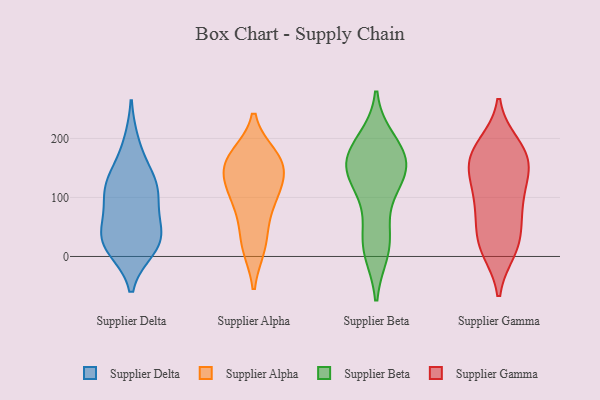
{"axis": {"x": "Inventory Turnover", "y": "Value"}, "legend": ["Supplier Alpha", "Supplier Beta", "Supplier Delta", "Supplier Gamma"], "data": [{"x": "", "y": 130, "type": "Supplier Delta"}, {"x": "", "y": 97, "type": "Supplier Delta"}, {"x": "", "y": 28, "type": "Supplier Delta"}, {"x": "", "y": 20, "type": "Supplier Delta"}, {"x": "", "y": 191, "type": "Supplier Delta"}, {"x": "", "y": 44, "type": "Supplier Delta"}, {"x": "", "y": 112, "type": "Supplier Delta"}, {"x": "", "y": 14, "type": "Supplier Delta"}, {"x": "", "y": 57, "type": "Supplier Delta"}, {"x": "", "y": 138, "type": "Supplier Delta"}, {"x": "", "y": 108, "type": "Supplier Delta"}, {"x": "", "y": 23, "type": "Supplier Delta"}, {"x": "", "y": 156, "type": "Supplier Alpha"}, {"x": "", "y": 19, "type": "Supplier Alpha"}, {"x": "", "y": 18, "type": "Supplier Alpha"}, {"x": "", "y": 162, "type": "Supplier Alpha"}, {"x": "", "y": 159, "type": "Supplier Alpha"}, {"x": "", "y": 67, "type": "Supplier Alpha"}, {"x": "", "y": 150, "type": "Supplier Alpha"}, {"x": "", "y": 169, "type": "Supplier Alpha"}, {"x": "", "y": 113, "type": "Supplier Alpha"}, {"x": "", "y": 107, "type": "Supplier Alpha"}, {"x": "", "y": 103, "type": "Supplier Alpha"}, {"x": "", "y": 149, "type": "Supplier Beta"}, {"x": "", "y": 120, "type": "Supplier Beta"}, {"x": "", "y": 193, "type": "Supplier Beta"}, {"x": "", "y": 121, "type": "Supplier Beta"}, {"x": "", "y": 173, "type": "Supplier Beta"}, {"x": "", "y": 34, "type": "Supplier Beta"}, {"x": "", "y": 20, "type": "Supplier Beta"}, {"x": "", "y": 165, "type": "Supplier Beta"}, {"x": "", "y": 149, "type": "Supplier Beta"}, {"x": "", "y": 12, "type": "Supplier Beta"}, {"x": "", "y": 171, "type": "Supplier Beta"}, {"x": "", "y": 12, "type": "Supplier Gamma"}, {"x": "", "y": 184, "type": "Supplier Gamma"}, {"x": "", "y": 163, "type": "Supplier Gamma"}, {"x": "", "y": 149, "type": "Supplier Gamma"}, {"x": "", "y": 78, "type": "Supplier Gamma"}, {"x": "", "y": 34, "type": "Supplier Gamma"}, {"x": "", "y": 89, "type": "Supplier Gamma"}, {"x": "", "y": 17, "type": "Supplier Gamma"}, {"x": "", "y": 120, "type": "Supplier Gamma"}, {"x": "", "y": 163, "type": "Supplier Gamma"}, {"x": "", "y": 77, "type": "Supplier Gamma"}, {"x": "", "y": 188, "type": "Supplier Gamma"}, {"x": "", "y": 20, "type": "Supplier Gamma"}, {"x": "", "y": 170, "type": "Supplier Gamma"}, {"x": "", "y": 131, "type": "Supplier Gamma"}]}